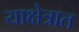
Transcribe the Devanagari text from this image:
याक्षेत्रात